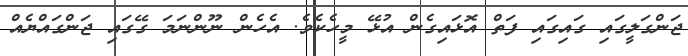
ޖަންގަލީގައި ގައިގައި ފަތް އޮޅައިގެން އުޅޭ މީހެކެވެ. އެހެން ނޫންނަމަ ގޭގައި ޖަންގައްޔެއް